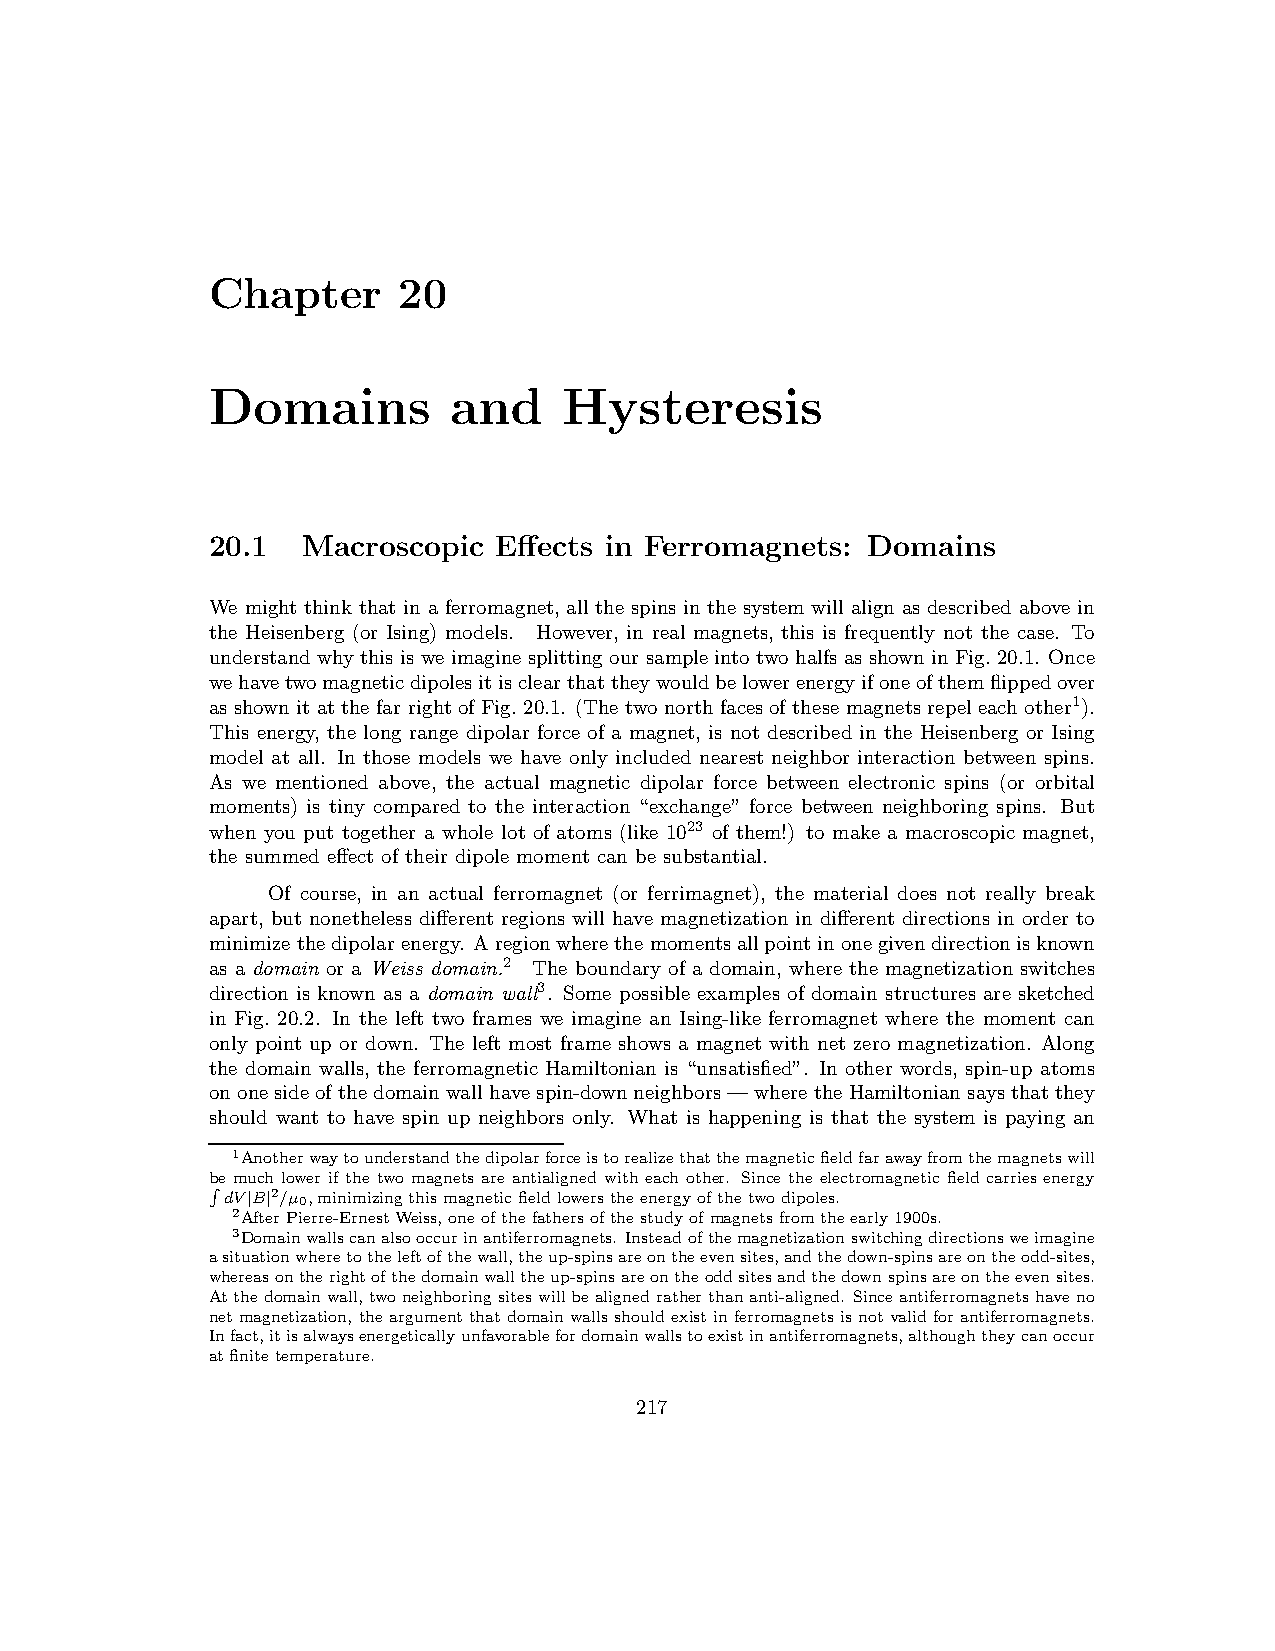
Chapter     20
 Domains         and    Hysteresis
 20.1  Macroscopic  Effects in Ferromagnets: Domains
 We might think that in a ferromagnet, all the spins in the system will align as described above in
 the Heisenberg (or Ising) models. However, in real magnets, this is frequently not the case. To
 understand why this is we imagine splitting our sample into two halfs as shownin Fig. 20.1. Once
 wehavetwomagneticdipolesitisclearthattheywouldbelowerenergyifoneofthemflippedover
 as shownit at the far rightof Fig. 20.1. (The two northfaces of these magnets repel eachother1).
 This energy, the long range dipolar force of a magnet, is not described in the Heisenberg or Ising
 model at all. In those models we have only included nearest neighbor interaction between spins.
 As we mentioned above, the actual magnetic dipolar force between electronic spins (or orbital
 moments) is tiny compared to the interaction “exchange” force between neighboring spins. But
 when you put together a whole lot of atoms (like 1023 of them!) to make a macroscopic magnet,
 the summed effect of their dipole moment can be substantial.
 Of course, in an actual ferromagnet (or ferrimagnet), the material does not really break
 apart, but nonetheless different regions will have magnetization in different directions in order to
 minimizethedipolarenergy. Aregionwherethemomentsallpointinonegivendirectionisknown
 as a domain or a Weiss domain.2 The boundary of a domain, where the magnetization switches
 direction is known as a domain wall3. Some possible examples of domain structures are sketched
 in Fig. 20.2. In the left two frames we imagine an Ising-like ferromagnet where the moment can
 only point up or down. The left most frame shows a magnet with net zero magnetization. Along
 the domain walls, the ferromagnetic Hamiltonian is “unsatisfied”. In other words, spin-up atoms
 ononeside ofthe domainwallhavespin-downneighbors—where the Hamiltoniansaysthatthey
 should want to have spin up neighbors only. What is happening is that the system is paying an
 1Anotherwaytounderstandthedipolarforceistorealizethatthemagneticfieldfarawayfromthemagnetswill
 be much lower if the two magnets are antialigned with each other. Since the electromagnetic field carries energy
 dV B2/µ0,minimizingthismagneticfieldlowerstheenergyofthetwodipoles.
 R
 2A| ft|
 erPierre-ErnestWeiss,oneofthefathersofthestudyofmagnets fromtheearly1900s.
 3Domainwallscanalsooccurinantiferromagnets. Insteadofthemagnetizationswitchingdirectionsweimagine
 asituationwheretotheleftofthewall,theup-spinsareontheevensites,andthedown-spinsareontheodd-sites,
 whereasontherightofthedomainwalltheup-spinsareontheoddsitesandthedownspinsareontheevensites.
 Atthedomainwall,twoneighboringsiteswillbealignedratherthananti-aligned. Sinceantiferromagnetshaveno
 net magnetization, the argument that domainwallsshould existinferromagnets isnot validforantiferromagnets.
 Infact,itisalwaysenergeticallyunfavorablefordomainwallstoexistinantiferromagnets,althoughtheycanoccur
 atfinitetemperature.
 217